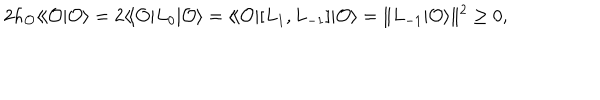
LaTeX: 2 h _ { \cal O } \langle \! \langle { \cal O } | { \cal O } \rangle = 2 \langle \! \langle { \cal O } | L _ { 0 } | { \cal O } \rangle = \langle \! \langle { \cal O } | [ L _ { 1 } , L _ { - 1 } ] | { \cal O } \rangle = \| L _ { - 1 } | { \cal O } \rangle \| ^ { 2 } \geq 0 ,